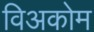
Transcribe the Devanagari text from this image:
विअकोम